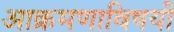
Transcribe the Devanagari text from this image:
आक्रमणाविषयी